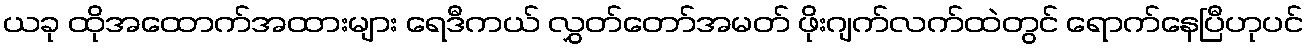
ယခု ထိုအထောက်အထားများ ရေဒီကယ် လွှတ်တော်အမတ် ဖိုးဂျက်လက်ထဲတွင် ရောက်နေပြီဟုပင်